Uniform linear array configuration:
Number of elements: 32
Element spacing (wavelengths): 0.5
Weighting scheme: exponential
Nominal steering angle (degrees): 30
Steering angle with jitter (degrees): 29.016
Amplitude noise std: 0.05
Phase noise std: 0.05

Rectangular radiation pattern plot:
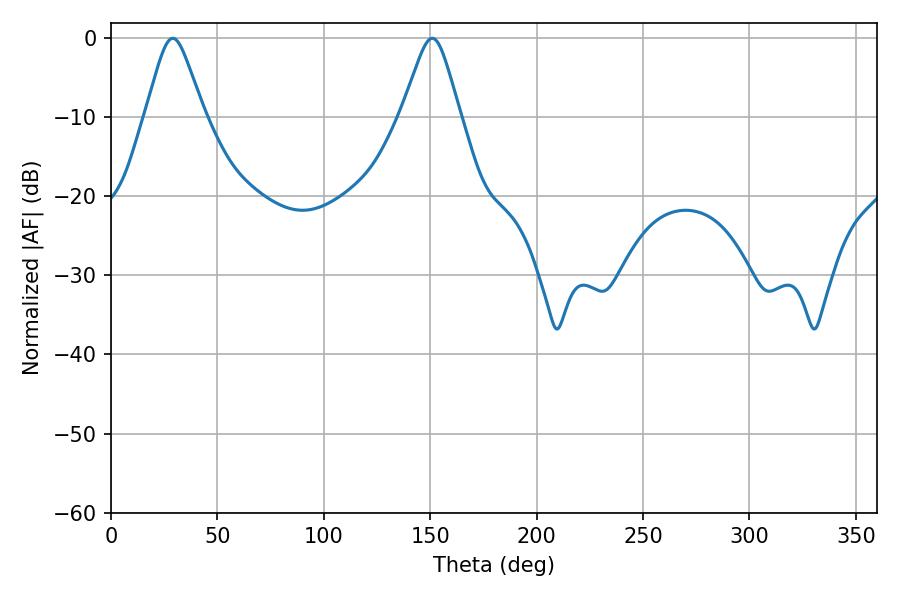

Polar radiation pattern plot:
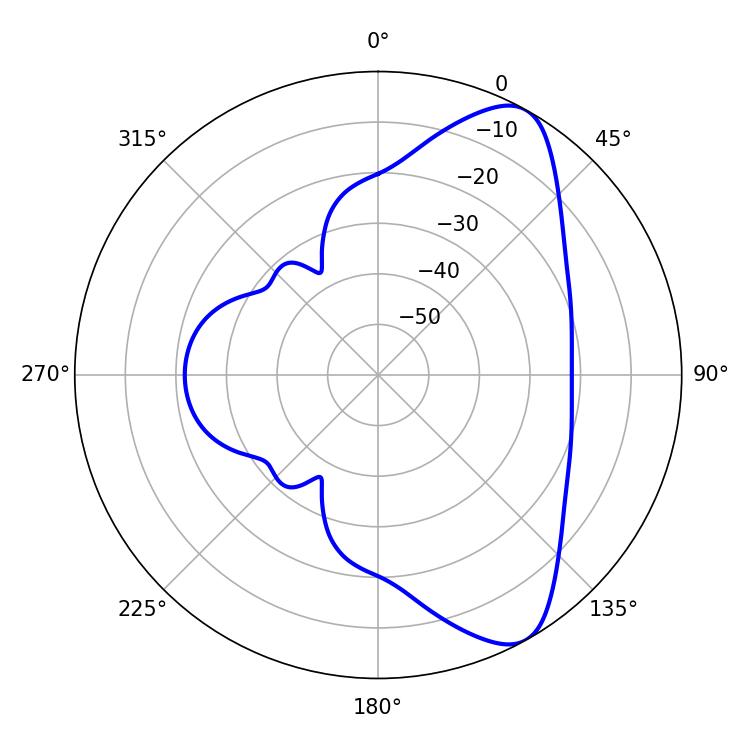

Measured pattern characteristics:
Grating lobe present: FALSE
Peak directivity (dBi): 8.513
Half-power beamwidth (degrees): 13.14
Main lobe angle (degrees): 28.98